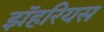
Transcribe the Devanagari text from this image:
झॅहरियस